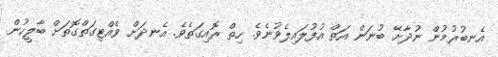
އެނބުރުމުން ނުދާށޭ ބުނަން އަތް އުފުލައިލެވުނެވެ. ހިތް ރޮއިގަތެވެ. އެނދަށް ވެއްޓިގަތްގޮތަށް ބާލީހުން